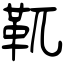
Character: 靰